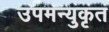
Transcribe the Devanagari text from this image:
उपमन्युकृत